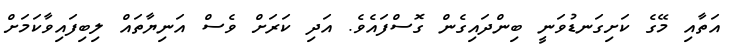
އަތާއި މޭގެ ކަށިގަނޑުވަނީ ބިންދައިގެން ގޮސްފައެވެ. އަދި ކަރަށް ވެސް އަނިޔާތައް ލިބިފައިވާކަމަށް